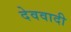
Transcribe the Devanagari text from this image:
देववादी